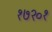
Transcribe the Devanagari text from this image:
१७२०१